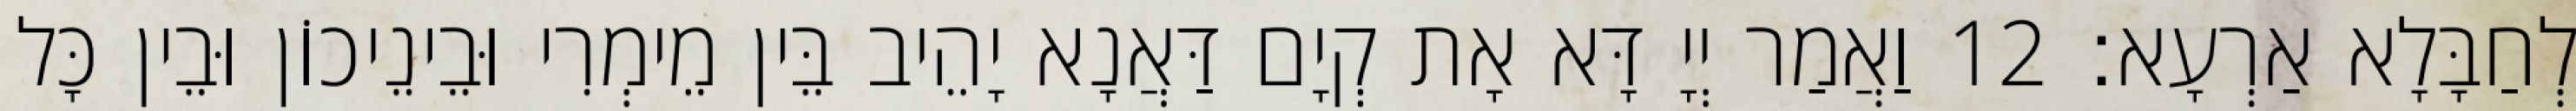
לְחַבָּלָא אַרְעָא׃ 12 וַאֲמַר יְיָ דָּא אָת קְיָם דַּאֲנָא יָהֵיב בֵּין מֵימְרִי וּבֵינֵיכוֹן וּבֵין כָּל